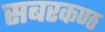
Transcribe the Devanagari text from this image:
सबरकण्ठ